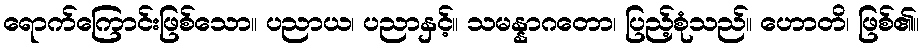
ရောက်ကြောင်းဖြစ်သော။ ပညာယ၊ ပညာနှင့်။ သမန္နာဂတော၊ ပြည့်စုံသည်။ ဟောတိ၊ ဖြစ်၏။